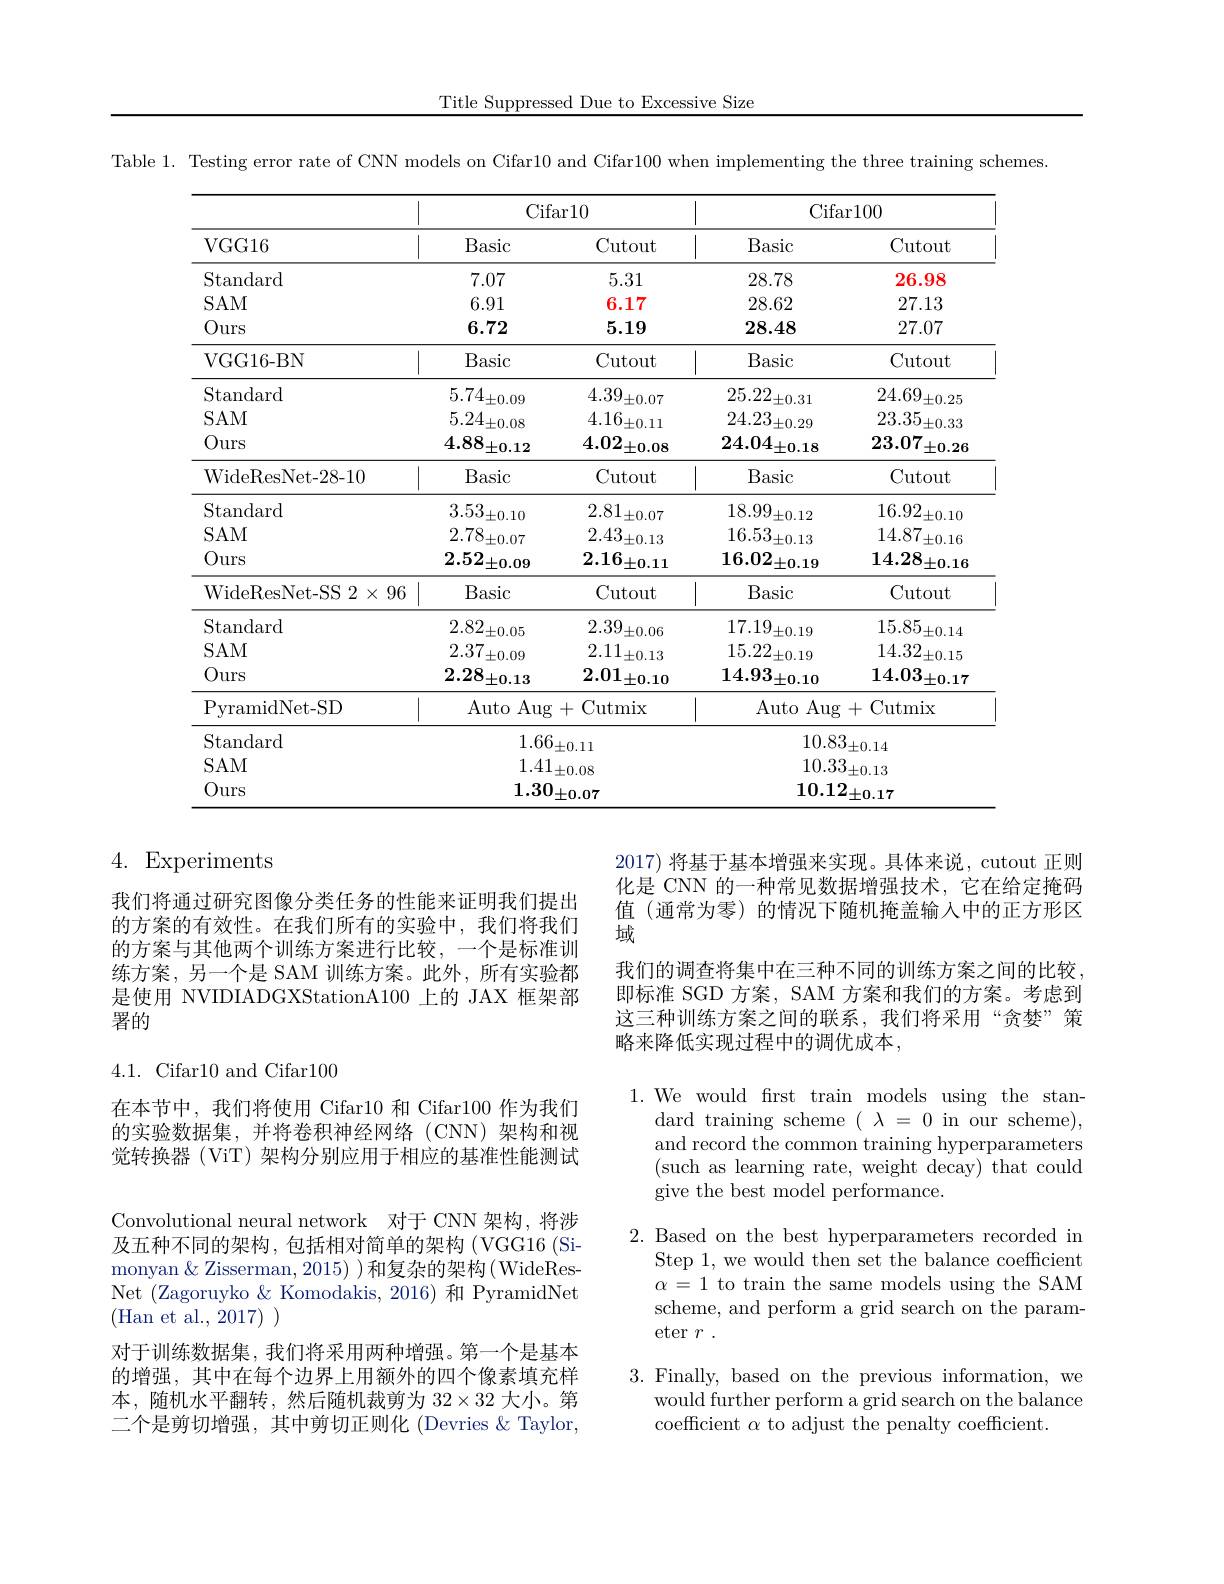
Title Suppressed Due to Excessive Size

Table 1. Testing error rate of CNN models on Cifar10 and Cifar100 when implementing the three training schemes.
<table>
	<tbody>
		<tr>
			<th rowspan="2">VGG16</th>
			<th colspan="2">Cifar10</th>
			<th colspan="2">Cifar100</th>
		</tr>
		<tr>
			<th>Basic</th>
			<th>Cutout</th>
			<th>Basic</th>
			<th>Cutout</th>
		</tr>
		<tr>
			<td>Standard</td>
			<td>7.07</td>
			<td>5.31</td>
			<td>28.78</td>
			<td>26.98</td>
		</tr>
		<tr>
			<td>$SAM$</td>
			<td>6.91</td>
			<td>6.17</td>
			<td>28.62</td>
			<td>27.13</td>
		</tr>
		<tr>
			<td>Ours</td>
			<td>6.72</td>
			<td>5.19</td>
			<td>28.48</td>
			<td>27.07</td>
		</tr>
		<tr>
			<td>VGG16- BN</td>
			<td>Basic</td>
			<td>Cutout</td>
			<td>Basic</td>
			<td>Cutout</td>
		</tr>
		<tr>
			<td>Standard</td>
			<td>$5.74_{\pm0.09}$</td>
			<td>4.39 $^{\prime}\pm0.07$</td>
			<td>$25.22_{\pm0.31}$</td>
			<td>24.69. $\pm0.25$</td>
		</tr>
		<tr>
			<td>$SAM$</td>
			<td>$5.24_{\pm0.08}$ -</td>
			<td>4.16 $i\pm0.11$</td>
			<td>$24.23_{\pm0.29}$</td>
			<td>23.35 $\pm0.33$</td>
		</tr>
		<tr>
			<td>Ours</td>
			<td>$4.88_{\pm0.12}$</td>
			<td>$4.02_{\pm0.08}$</td>
			<td>$24.04_{\pm0.18}$</td>
			<td>23.07 $\pm0.26$</td>
		</tr>
		<tr>
			<td>WideResNet-28-10</td>
			<td>Basic</td>
			<td>Cutout</td>
			<td>Basic</td>
			<td>Cutout</td>
		</tr>
		<tr>
			<td>Standard</td>
			<td>3.53 $\dot{}\pm0.10$</td>
			<td>$2.81_{\pm0.07}$</td>
			<td>18.99 $\pm0.12$</td>
			<td>16.92 $\pm0.10$</td>
		</tr>
		<tr>
			<td>$SAM$</td>
			<td>$2.78_{\pm0.07}$</td>
			<td>$2.43_{\pm0.13}$</td>
			<td>$16.53_{\pm0.13}$</td>
			<td>14.87 $\pm0.16$</td>
		</tr>
		<tr>
			<td>Ours</td>
			<td>$2.52_{\pm0.09}$</td>
			<td>$2.16_{\pm0.11}$</td>
			<td>$16.02_{\pm0.19}$</td>
			<td>14.28 $3\pm0.16$ 1</td>
		</tr>
		<tr>
			<td>WideResNet- SS 2$\times$96</td>
			<td>Basic</td>
			<td>Cutout</td>
			<td>Basic</td>
			<td>Cutout</td>
		</tr>
		<tr>
			<td>Standard</td>
			<td>$2.82_{\pm0.05}$</td>
			<td>2.39. $9_{\pm0.06}$</td>
			<td>17.19 $\pm0.19$</td>
			<td>15.85 $\pm0.14$</td>
		</tr>
		<tr>
			<td>$SAM$</td>
			<td>2.37 $\pm0.09$</td>
			<td>$2.11_{\pm0.13}$</td>
			<td>15.22 $2_{\pm0.19}$</td>
			<td>14.32 $\pm0.15$</td>
		</tr>
		<tr>
			<td>Ours</td>
			<td>$2.28_{\pm0.13}$</td>
			<td>$2.01_{\pm0.10}$</td>
			<td>$14.93_{\pm0.10}$</td>
			<td>$14.03_{\pm0.17}$</td>
		</tr>
		<tr>
			<td>PyramidNet- SD</td>
			<td>$)Aug$ Auto</td>
			<td>Cutmix +</td>
			<td colspan="2">${\mathrm{Auto~Aug~+~Cutmix}}$</td>
		</tr>
		<tr>
			<td>Standard</td>
			<td>1.66</td>
			<td>$\pm0.11$</td>
			<td colspan="2">$10.83_{\pm0.14}$</td>
		</tr>
		<tr>
			<td>$SAM$</td>
			<td>1.41</td>
			<td>$\pm0.08$</td>
			<td colspan="2">$10.33_{\pm0.13}$</td>
		</tr>
		<tr>
			<td>Ours</td>
			<td colspan="2">$1.30_{\pm0.07}$</td>
			<td colspan="2">$10.12_{\pm0.17}$</td>
		</tr>
	</tbody>
</table>

## 4. Experiments

2017)将基于基本增强来实现。具体来说，cutout 正则化是 CNN 的一种常见数据增强技术，它在给定掩码值(通常为零)的情况下随机掩盖输入中的正方形区域
我们的调查将集中在三种不同的训练方案之间的比较即标准 SGD 方案，SAM 方案和我们的方案。考虑到这三种训练方案之间的联系，我们将采用“贪婪”策略来降低实现过程中的调优成本，

我们将通过研究图像分类任务的性能来证明我们提出的方案的有效性。在我们所有的实验中，我们将我们的方案与其他两个训练方案进行比较，一个是标准训练方案，另一个是 SAM 训练方案。此外，所有实验都是使用 NVIDIADGXStationA100 上的 JAX 框架部署的

4.1. Cifar10 and Cifar100

1.We would frst train models using the stan-
dard training scheme $(\lambda=0$ in our scheme), and record the common training hyperparameters (such as learning rate, weight decay) that could give the best model performance.

在本节中，我们将使用 Cifar10 和 Cifar100 作为我们的实验数据集，并将卷积神经网络(CNN)架构和视觉转换器 (ViT) 架构分别应用于相应的基准性能测试Convolutional neural network 对于 CNN 架构，将涉及五种不同的架构，包括相对简单的架构(VGG16(Si-)) monyan& Zisserman, 2015) )和复杂的架构(WideResNet (Zagoruyko & Komodakis, 2016) 和 PyramidNet (Han et al., 2017) )
对于训练数据集，我们将采用两种增强。第一个是基本的增强，其中在每个边界上用额外的四个像素填充样本，随机水平翻转，然后随机裁剪为$32\times32$大小。第二个是剪切增强，其中剪切正则化 (Devries $\&$ Taylor,

2. Based on the best hyperparameters recorded in
Step 1, we would then set the balance coefficient $\alpha=1$ to train the same models using the SAM scheme, and perform a grid search on the parameter $r$

3. Finally, based on the previous information, we
would further perform a grid search on the balance
coefficient $\alpha$ to adjust the penalty coefficient.